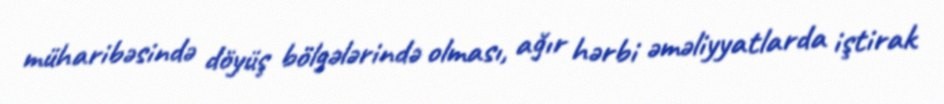
müharibəsində döyüş bölgələrində olması, ağır hərbi əməliyyatlarda iştirak